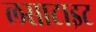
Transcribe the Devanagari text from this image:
लसाटाइट